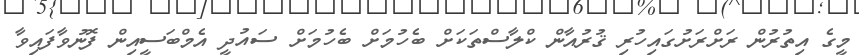
މީގެ އިތުރުން ރަށްރަށުގައިހުރި ޤުރުއާން ކްލާސްތަކަށް ބެހުމަށް ބެހުމަށް ސައުދީ އެމްބަސީއިން ފޮނުވާފައިވާ